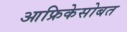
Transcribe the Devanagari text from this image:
आफ्रिकेसोबत